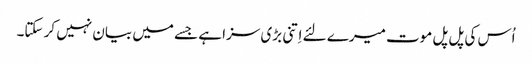
اُس کی پل پل موت میرے لئے اِتنی بڑی سزا ہے جسے میں بیان نہیں کر سکتا۔